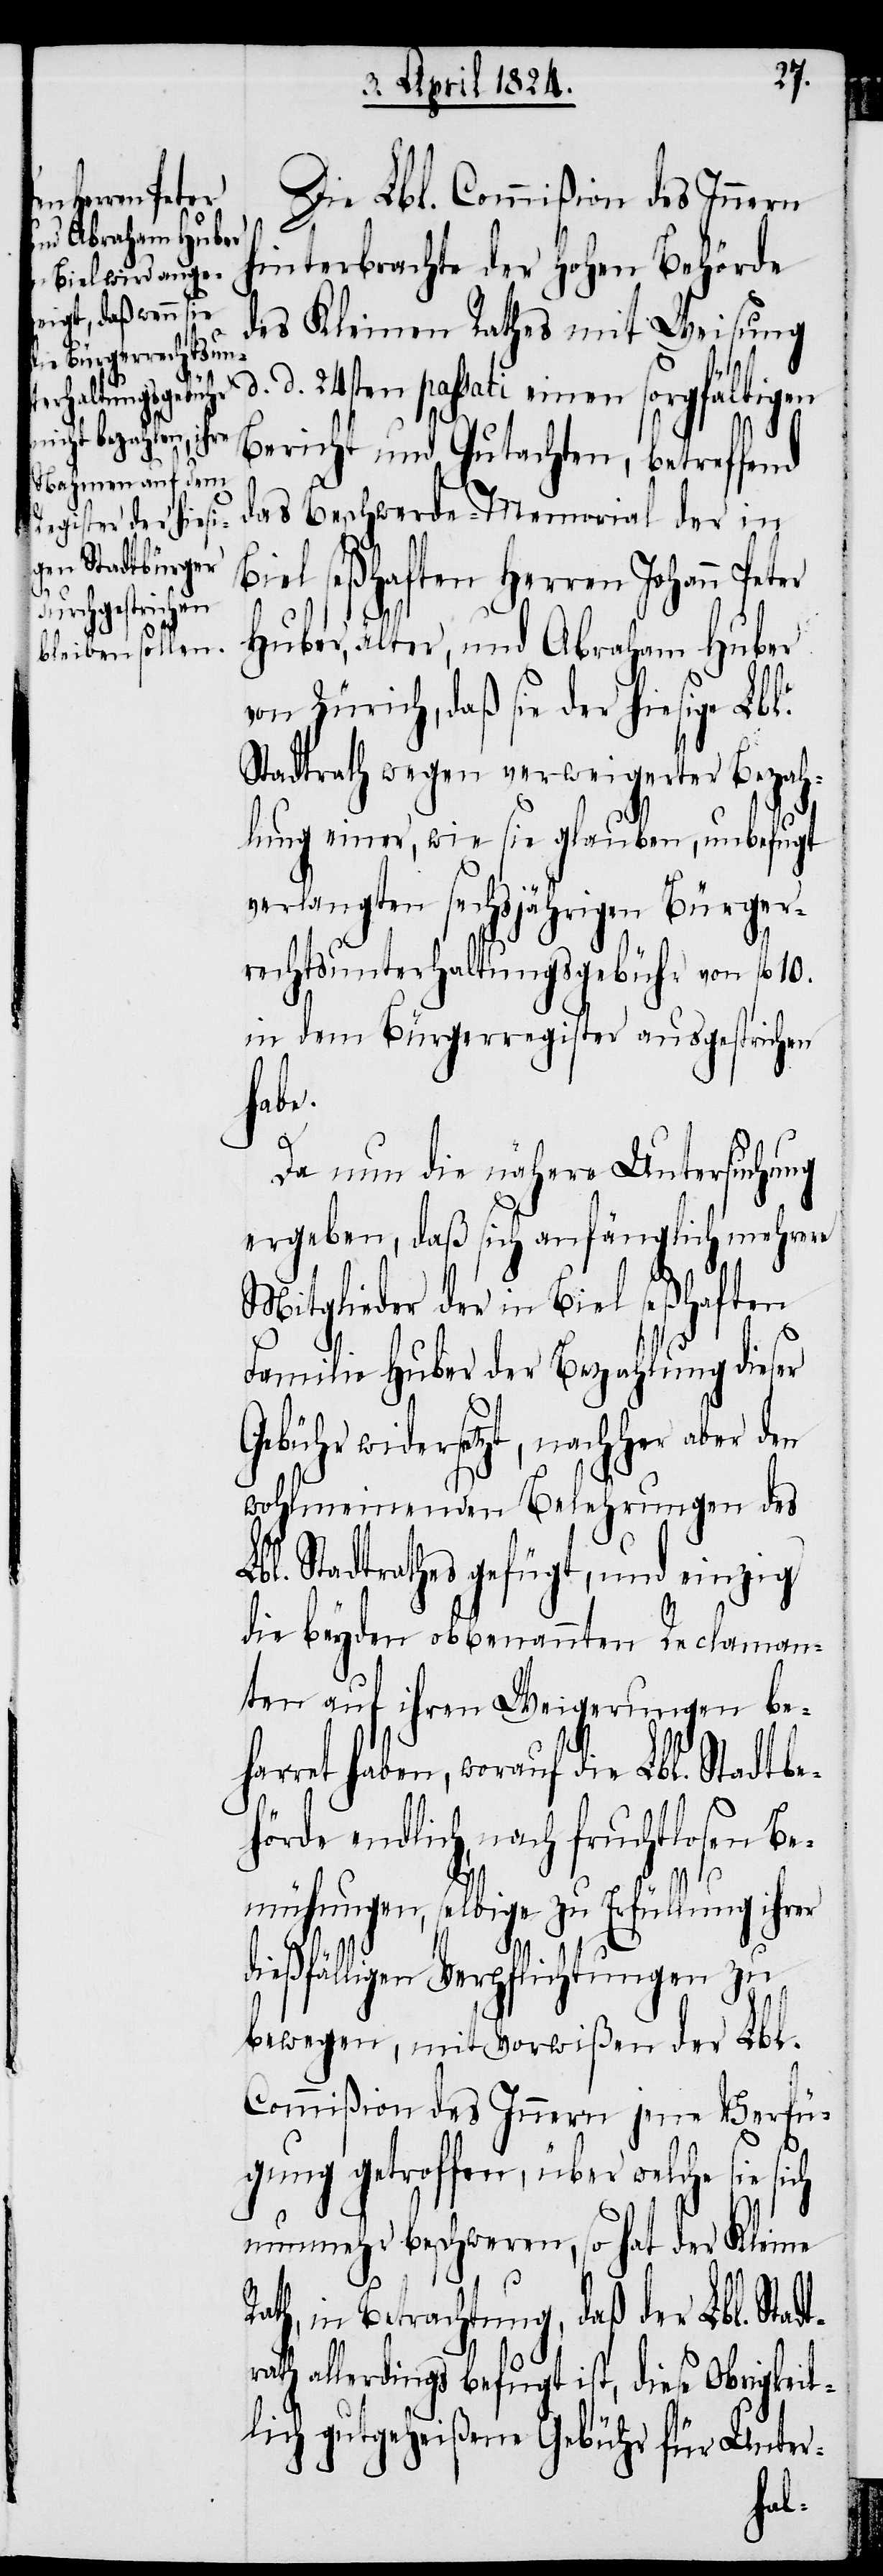
Die Lbl. Commißion des Innern
hinterbrachte der hohen Behörde
des Kleinen Rathes mit Weisung
d. d. 24sten passati einen sorgfältigen
Bericht und Gutachten, betreffend
das Beschwerde-Memorial der in
Biel seßhaften Herren Johann Peter
Huber, älter, und Abraham Huber
von Zürich, daß sie der hiesige Lbl.
Stadtrath wegen verweigerter Bezah¬
lung einer, wie sie glauben, unbefugt
verlangten sechsjährigen Bürger¬
rechtsunterhaltungsgebühr von fl. 10.
in dem Bürgerregister ausgestrichen
habe.
Da nun die nähere Untersuchung
ergeben, daß sich anfänglich mehrere
Mitglieder der in Biel seßhaften
Familie Huber der Bezahlung dieser
Gebühr widersetzt, nachher aber den
wohlmeinenden Belehrungen des
Lbl. Stadtrathes gefügt, und einzig
die beyden obbenannten Reclaman¬
ten auf ihren Weigerungen be¬
harret haben, worauf die Lbl. Stadtbe¬
hörde endlich, nach fruchtlosen Be¬
mühungen, selbige zu Erfüllung ihrer
t¬
dießfälligen Verpflichtungen zu
bewegen, mit Vorwißen der Lbl.
Commißion des Innern jene Verfü¬
gung getroffen, über welche sie
nunmehr beschweren, so hat der Kleine
Rath, in Betrachtung, daß der Lbl. Stad¬
rath allerdings befugt ist, diese Obrigkeit¬
lich gutgeheißene Gebühr für Unter-